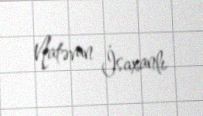
Natəvan İsaxanlı